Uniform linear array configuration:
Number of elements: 8
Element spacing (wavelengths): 0.25
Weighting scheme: cosine
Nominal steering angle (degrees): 15
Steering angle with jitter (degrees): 15.931
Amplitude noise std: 0.05
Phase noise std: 0.05

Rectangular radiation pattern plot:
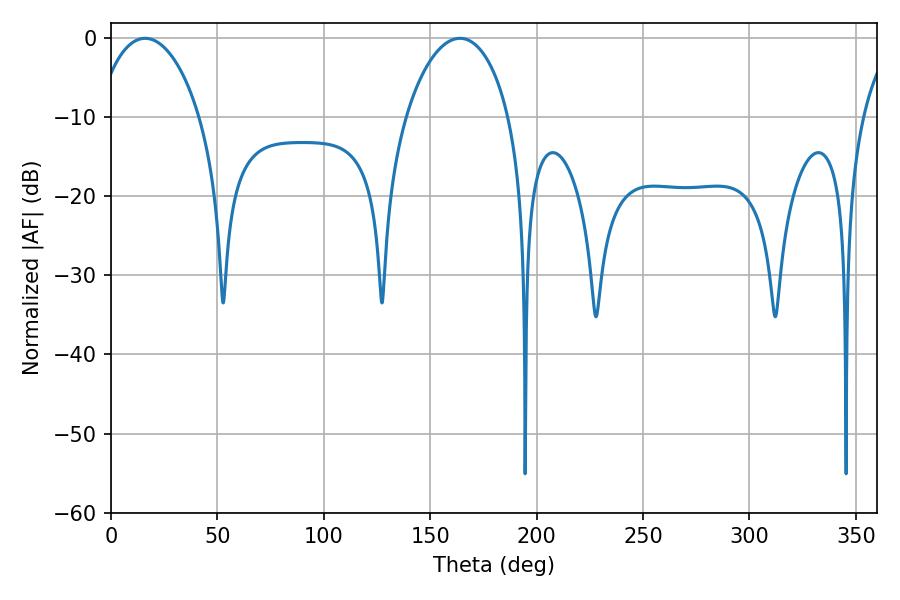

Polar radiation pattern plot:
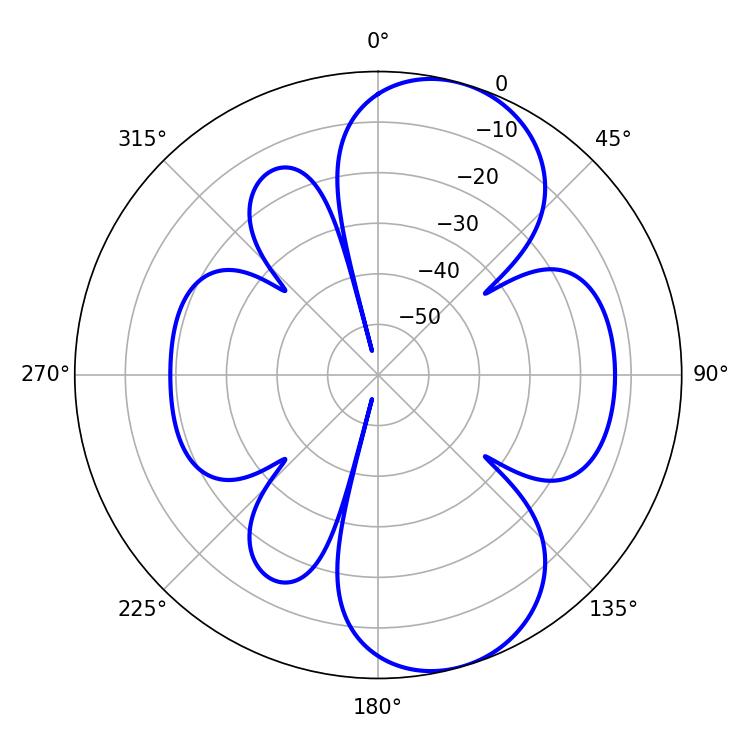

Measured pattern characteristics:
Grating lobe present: FALSE
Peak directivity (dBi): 8.19
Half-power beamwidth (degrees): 27.72
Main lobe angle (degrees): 16.02